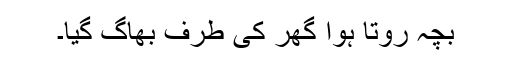
بچہ روتا ہوا گھر کی طرف بھاگ گیا۔